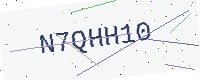
Text: N7QHH10